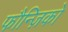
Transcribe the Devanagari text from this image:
फौन्ज़िको